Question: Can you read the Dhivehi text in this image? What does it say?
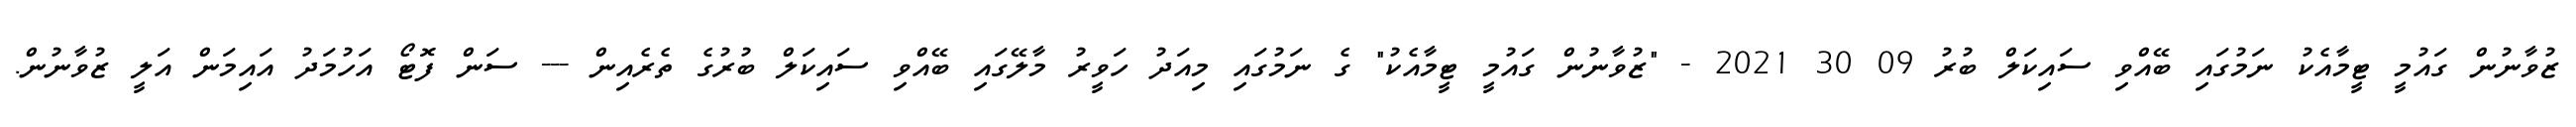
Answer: ޒުވާނުން ގައުމީ ޓީމާއެކު ނަމުގައި ބޭއްވި ސައިކަލް ބުރު 09 30 2021 - "ޒުވާނުން ގައުމީ ޓީމާއެކު" ގެ ނަމުގައި މިއަދު ހަވީރު މާލޭގައި ބޭއްވި ސައިކަލް ބުރުގެ ތެރެއިން --- ސަން ފޮޓޯ އަހުމަދު އައިމަން އަލީ ޒުވާނުން.